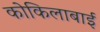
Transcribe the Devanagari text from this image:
कोकिलाबाई